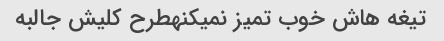
تیغه هاش خوب تمیز نمیکنهطرح کلیش جالبه